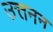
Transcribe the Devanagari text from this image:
उत्तनन